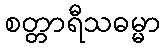
စတ္တာရီသဓမ္မာ